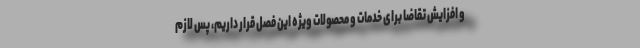
و افزایش تقاضا برای خدمات و محصولات ویژه این فصل قرار داریم، پس لازم